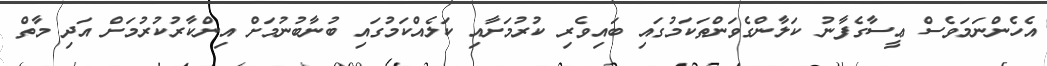
އެހެންނަމަވެސް ޢީސާގެފާނު ކަލާންގެވަންތަކަމުގައި ބައިވެރި ކުރުމަށާއި ކަލެއްކަމުގައި ބުނާބުނުމަށް އިންކާރުކުރުމަށް އަދި މާތް